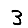
Digit: 3